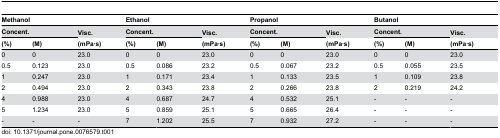
| <COLSPAN=3> Methanol | <COLSPAN=3> Ethanol | <COLSPAN=3> Propanol | <COLSPAN=3> Butanol |
 | <COLSPAN=2> Concent. | Visc. | <COLSPAN=2> Concent. | Visc. | <COLSPAN=2> Concent. | Visc. | <COLSPAN=2> Concent. | Visc. |
 | (%) | (M) | (mPa·s) | (%) | (M) | (mPa·s) | (%) | (M) | (mPa·s) | (%) | (M) | (mPa·s) |
 | --- | --- | --- | --- | --- | --- | --- | --- | --- | --- | --- | --- |
 | 0 | 0 | 23.0 | 0 | 0 | 23.0 | 0 | 0 | 23.0 | 0 | 0 | 23.0 |
 | 0.5 | 0.123 | 23.0 | 0.5 | 0.086 | 23.2 | 0.5 | 0.067 | 23.2 | 0.5 | 0.055 | 23.5 |
 | 1 | 0.247 | 23.0 | 1 | 0.171 | 23.4 | 1 | 0.133 | 23.5 | 1 | 0.109 | 23.8 |
 | 2 | 0.494 | 23.0 | 2 | 0.343 | 23.8 | 2 | 0.266 | 23.8 | 2 | 0.219 | 24.2 |
 | 4 | 0.988 | 23.0 | 4 | 0.687 | 24.7 | 4 | 0.532 | 25.1 | - | - | - |
 | 5 | 1.234 | 23.0 | 5 | 0.859 | 25.1 | 5 | 0.665 | 26.4 | - | - | - |
 | - | - | - | 7 | 1.202 | 25.5 | 7 | 0.932 | 27.2 | - | - | - |